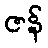
ဇန်